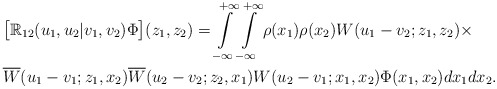
\begin{align*} &\bigl[\mathbb{R}_{12}(u_1,u_2|v_1,v_2)\Phi\bigr](z_1,z_2) =\int\limits^{+\infty}_{-\infty}\int\limits^{+\infty}_{-\infty} \rho(x_1)\rho(x_2) W(u_1-v_2;z_1,z_2)\times \\ &\overline{W}(u_1-v_1;z_1,x_2)\overline{W}(u_2-v_2;z_2,x_1)W(u_2-v_1;x_1,x_2) \Phi(x_1,x_2) d x_1 d x_2. \end{align*}